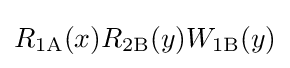
R_{\text{1A}}(x)R_{\text{2B}}(y)W_{\text{1B}}(y)